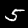
Label: 5